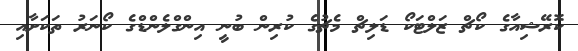
ކޮރޭޝިއާގެ ކޯޗް ޒަލްޓަކޯ ޑަލިޗް މެޗުގެ ކުރިން ބުނީ އިންގްލެންޑްގެ ކޯނަރު ތަކަށާއި